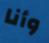
وأنا